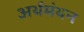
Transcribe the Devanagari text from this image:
अर्थमंथन